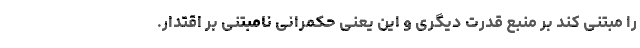
را مبتنی کند بر منبع قدرت دیگری و این یعنی حکمرانیِ نامبتنی بر اقتدار.